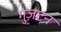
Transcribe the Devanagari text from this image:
गुज़टन